Annual report on the Civil Veterinary Department, Burma (including the Insein Veterinary School) - 1932-1941
Year: 1932
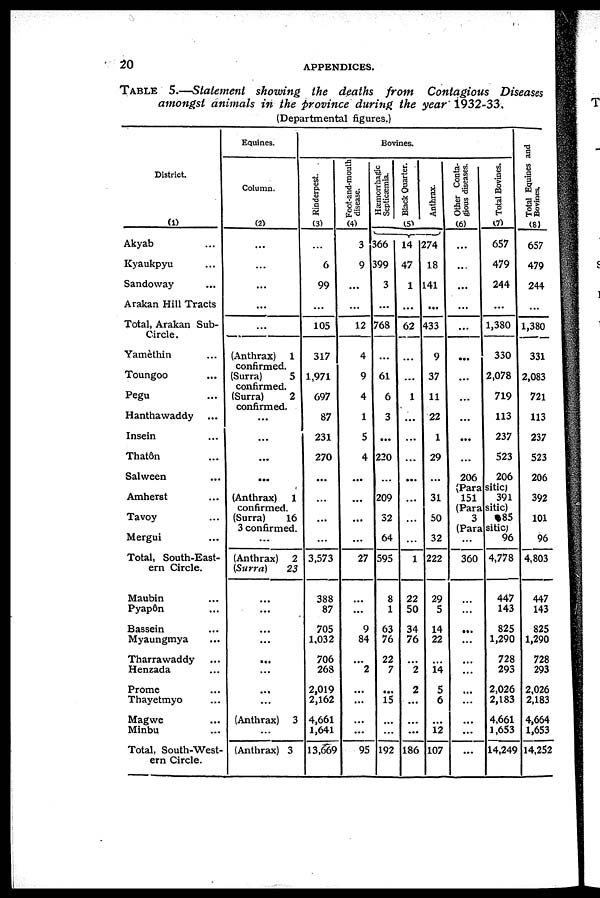
20
APPENDICES.
TABLE 5.—Statement showing the deaths from Contagious Diseases
amongst animals in the province during the year 1932-33.
(Departmental figures.)
District.
(1)
Akyab ...
Kyaukpyu ...
Sandoway ...
Arakan Hill Tracts
Total, Arakan Sub-
Circle.
Yamethin ...
Toungoo ...
Pegu ...
Hanthawaddy ...
Insein ...
That6n ...
Salween ...
Amherst ...
Tavoy ...
Mergui ...
Total, South-East-
ern Circle.
Maubin ...
Pyapôn ...
Bassein ...
Myaungmya ...
Tharrawaddy ...
Henzada ...
Prome ...
Thayetmyo ...
Magwe ...
Minbu ...
Total, South-West-
ern Circle.
Equines.
Column.
(2)
...
...
...
...
...
(Anthrax) 1
confirmed.
(Surra)
5
confirmed.
(Surra)
2
confirmed.
...
...
...
(Anthrax)
1
confirmed.
(Surra)
16
3 confirmed.
...
(Anthrax) 2
(Surra)
23
...
...
...
...
...
...
...
...
(Anthrax) 3
...
(Anthrax) 3
Bovines.
Rinderpest.
(3)
...
6
99
...
105
317
1,971
697
87
231
270
...
...
...
3,573
388
87
705
1,032
706
268
2,019
2,162
4,661
1,641
13,669
Foot-and-mouth
disease.
(4)
3
9
...
...
12
4
9
4
1
5
4
...
...
...
27
...
...
9
84
...
2
...
...
...
...
95
Hæmorrhagic
Septicæmia.
366
399
3
...
768
...
61
6
3
...
220
209
32
64
595
8
1
63
76
22
7
...
15
...
192
Black Quarter.
(5)
14
47
1
...
62
...
...
1
...
...
...
...
...
...
1
22
50
34
76
...
2
2
...
...
...
186
Anthrax.
274
18
141
...
433
9
37
11
22
1
29
31
50
32
222
29
5
14
22
...
14
5
6
...
12
107
Other Conta-
gious diseases.
(6)
...
...
...
...
...
...
...
...
...
...
...
206
Total Bovines.
(7)
657
479
244
...
1,380
330
2,078
719
113
237
523
206
(Parasitic)
151
(Parasitic)
3
(Parasitic)
...
360
...
...
...
...
...
...
...
...
...
...
...
391
85
96
4,778
447
143
825
1,290
728
293
2,026
2,183
4,661
1,653
14,249
Total Equines and
Bovines.
(8)
657
479
244
...
1,380
331
2,083
721
113
237
523
206
392
101
96
4,803
447
143
825
1,290
728
293
2,026
2,183
4,664
1,653
14,252